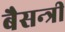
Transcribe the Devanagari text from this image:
बैसन्त्री